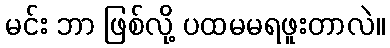
မင်း ဘာ ဖြစ်လို့ ပထမမရဖူးတာလဲ။